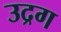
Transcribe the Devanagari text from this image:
उद्रग